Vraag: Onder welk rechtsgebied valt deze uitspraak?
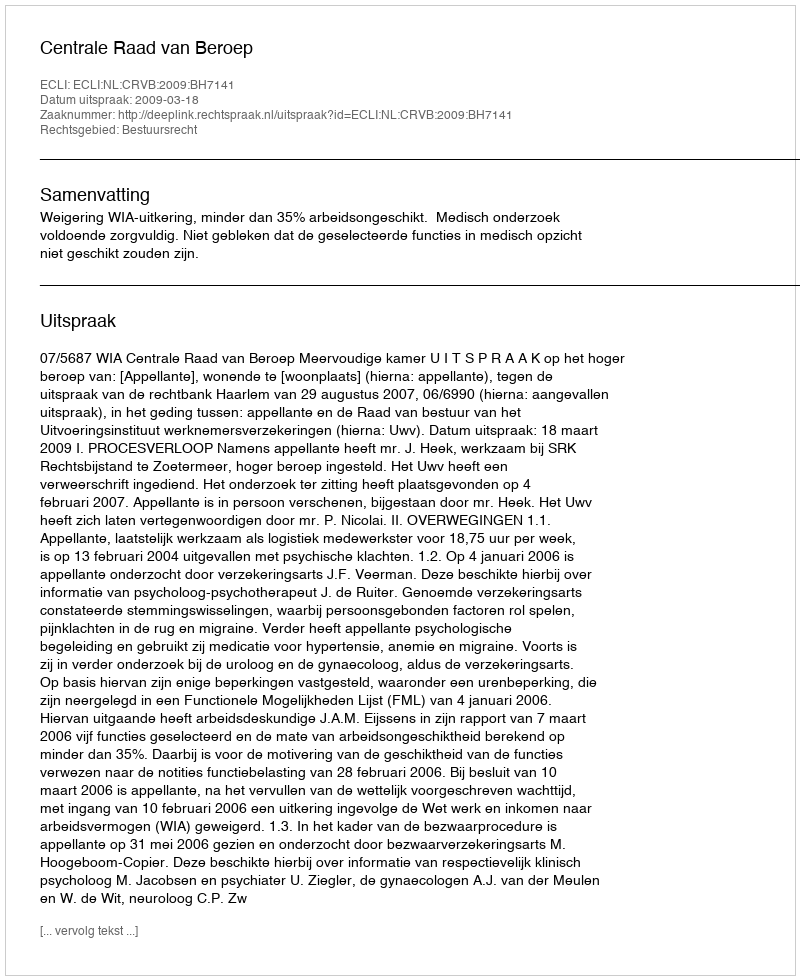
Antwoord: Bestuursrecht